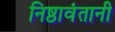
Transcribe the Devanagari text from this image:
निष्ठावंतानी